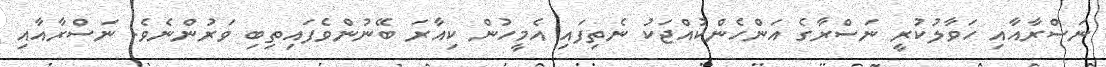
ނަސްރާއާއި ހަވާލުކުރީ ނަސްރާގެ އަންހެންކުއްޖަކު ނެތިފައި އެމީހުން ކިއާރަަ ބޭނުންވެފައިތިބި ވަރުންނެވެ. ނަސްރާއާއި